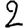
Digit: 2